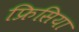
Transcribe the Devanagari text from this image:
फ्रिसिया